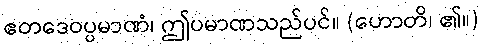
ဧတဒေဝပ္ပမာဏံ၊ ဤပမာဏသည်ပင်။ (ဟောတိ၊ ၏။)